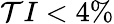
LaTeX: \mathcal{T}I<4\%